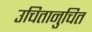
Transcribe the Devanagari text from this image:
उचितानुचित